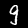
Digit: 9